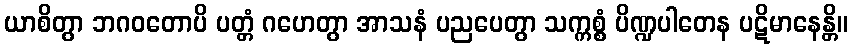
ယာစိတွာ ဘဂဝတောပိ ပတ္တံ ဂဟေတွာ အာသနံ ပညပေတွာ သက္ကစ္စံ ပိဏ္ဍပါတေန ပဋိမာနေန္တိ။